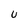
Character: u